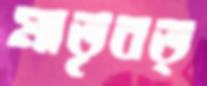
মাতৃবত্